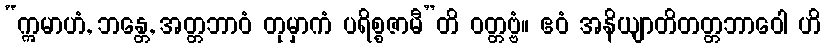
“ဣမာဟံ, ဘန္တေ, အတ္တဘာဝံ တုမှာကံ ပရိစ္စဇာမီ”တိ ဝတ္တဗ္ဗံ။ ဧဝံ အနိယျာတိတတ္တဘာဝေါ ဟိ